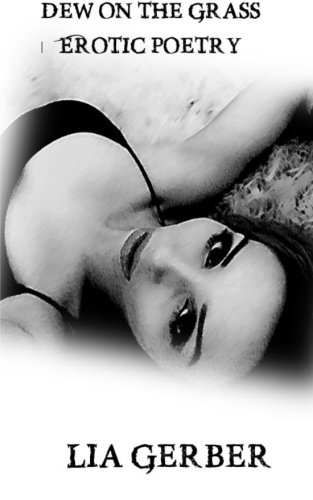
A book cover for Dew on the Grass: Erotic Poetry; Lia Gerber; Romance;